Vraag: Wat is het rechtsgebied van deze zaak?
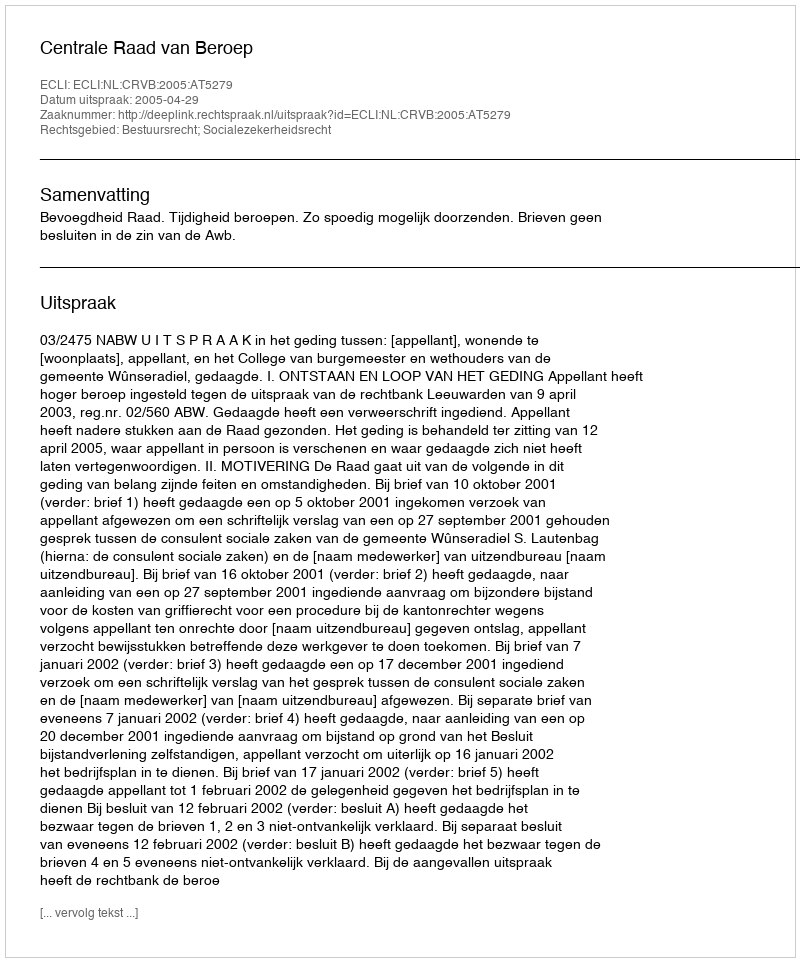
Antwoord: Bestuursrecht; Socialezekerheidsrecht